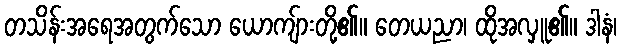
တသိန်းအရေအတွက်သော ယောကျ်ားတို့၏။ တေယညာ၊ ထိုအလှူ၏။ ဒါနံ၊